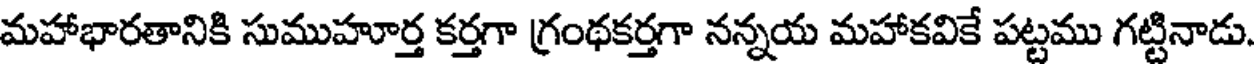
మహాభారతానికి సుముహూర్త కర్తగా గ్రంథకర్తగా నన్నయ మహాకవికే పట్టము గట్టినాడు.